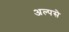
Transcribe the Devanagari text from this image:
अल्पसे